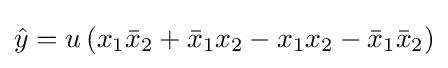
{\hat {y}}=u\left(x_{1}{\bar {x}}_{2}+{\bar {x}}_{1}x_{2}-x_{1}x_{2}-{\bar {x}}_{1}{\bar {x}}_{2}\right)